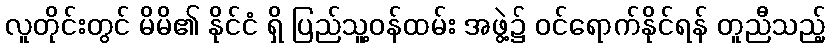
လူတိုင်းတွင် မိမိ၏ နိုင်ငံ ရှိ ပြည်သူ့ဝန်ထမ်း အဖွဲ့၌ ဝင်ရောက်နိုင်ရန် တူညီသည့်